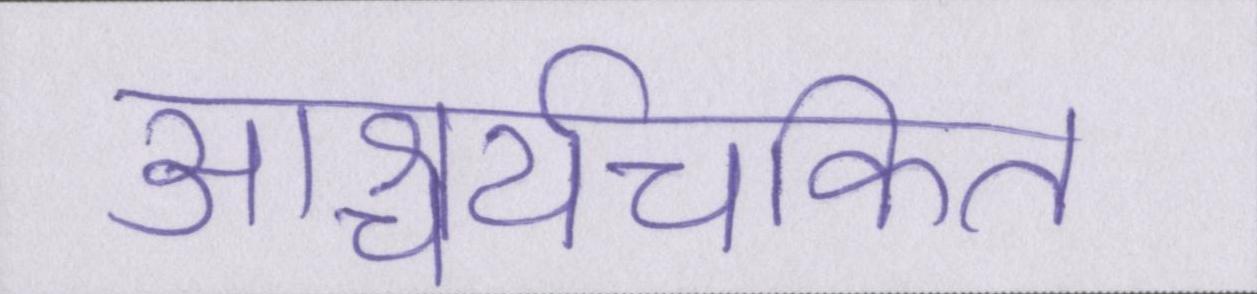
आश्चर्यचकित